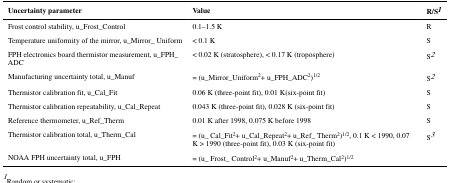
| Uncertainty parameter | Value | R/S1 |
 | --- | --- | --- |
 | Frost control stability, u_Frost_Control | 0.1–1.5 K | R |
 | Temperature uniformity of the mirror, u_Mirror_ Uniform | < 0.1 K | S |
 | FPH electronics board thermistor measurement, u_FPH_ ADC | < 0.02 K (stratosphere), < 0.17 K (troposphere) | S2 |
 | Manufacturing uncertainty total, u_Manuf | = (u_Mirror_Uniform2+ u_FPH_ADC2)1/2 | S2 |
 | Thermistor calibration fit, u_Cal_Fit | 0.06 K (three-point fit), 0.01 K(six-point fit) | S |
 | Thermistor calibration repeatability, u_Cal_Repeat | 0.043 K (three-point fit), 0.028 K (six-point fit) | S |
 | Reference thermometer, u_Ref_Therm | 0.01 K after 1998, 0.075 K before 1998 | S |
 | Thermistor calibration total, u_Therm_Cal | = (u_ Cal_Fit2+ u_Cal_Repeat2+ u_Ref_ Therm2)1/2, 0.1 K < 1990, 0.07 K > 1990 (three-point fit), 0.03 K (six-point fit) | S3 |
 | NOAA FPH uncertainty total, u_FPH | = (u_ Frost_ Control2+ u_Manuf2+ u_Therm_Cal2)1/2 |  |